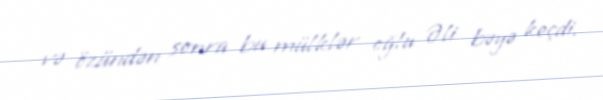
və özündən sonra bu mülklər oğlu Əli bəyə keçdi.